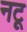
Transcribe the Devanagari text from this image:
नटू